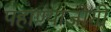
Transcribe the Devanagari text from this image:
पहाण्याजोगी